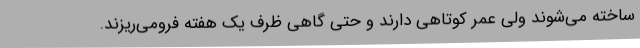
ساخته می‌شوند ولی عمر کوتاهی دارند و حتی گاهی ظرف یک هفته فرومی‌ریزند.